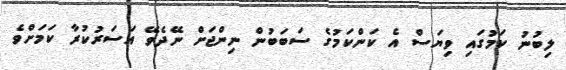
ލިބުނު ކަމުގައި ވިޔަސް އެ ކަންކަމުގެ ސަބަބުން ނިންޖަށް ނޭދެވޭ އަސަރުކުރާ ކަަމަށްވެ